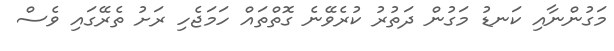
މަގުންނާއި ކަނޑު މަގުން ދަތުރު ކުރެވޭނެ ގޮތްތައް ހަމަޖެހި ރަށު ތެރޭގައި ވެސް